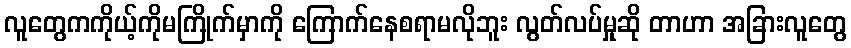
လူတွေကကိုယ့်ကိုမကြိုက်မှာကို ကြောက်နေစရာမလိုဘူး လွတ်လပ်မှုဆို တာဟာ အခြားလူတွေ